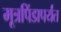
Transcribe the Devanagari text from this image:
मूत्रपिंडापर्यंत